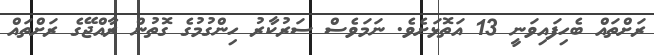
ރަށްތައް ބެހިފައިވަނީ 13 އަތޮޅަށެވެ. ނަމަވެސް ސަރުކާރު ހިންގުމުގެ ގޮތުން ރާއްޖޭގެ ރަށްތައް